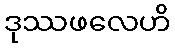
ဒုဿဖလေဟိ